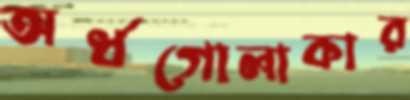
অর্ধগোলাকার